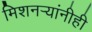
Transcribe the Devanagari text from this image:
मिशनर्‍यांनीही